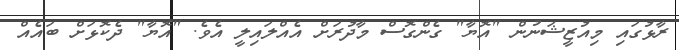
ރާޅުގައި މިއުޒީޝަނުން "އޮޔާ" ގެންގޮސް މާދުރަށް އެއްލައިލީ އެވެ. "އޮޔާ" ދެކޮޅަށް ބައެއް